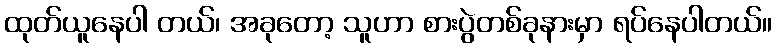
ထုတ်ယူနေပါ တယ်၊ အခုတော့ သူဟာ စားပွဲတစ်ခုနားမှာ ရပ်နေပါတယ်။